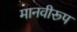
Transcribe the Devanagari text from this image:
मानवीरूप